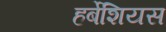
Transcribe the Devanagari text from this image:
हर्बेशियस